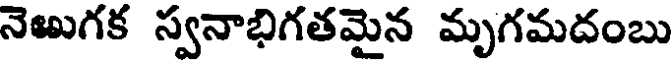
నెఱుగక స్వనాభిగతమైన మృగమదంబు